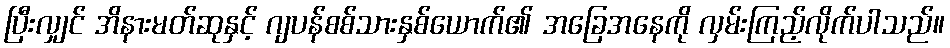
ပြီးလျှင် အိနားမတ်ဆုနှင့် ဂျပန်စစ်သားနှစ်ယောက်၏ အခြေအနေကို လှမ်းကြည့်လိုက်ပါသည်။